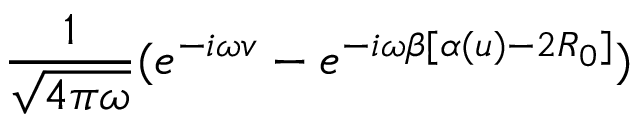
\frac { 1 } { \sqrt { 4 \pi \omega } } ( e ^ { - i \omega v } - e ^ { - i \omega \beta [ \alpha ( u ) - 2 R _ { 0 } ] } )